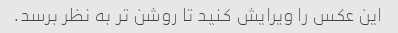
این عکس را ویرایش کنید تا روشن تر به نظر برسد.